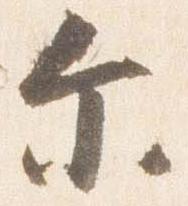
示